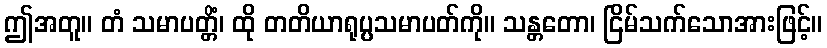
ဤအတူ။ တံ သမာပတ္တိံ၊ ထို တတိယာရုပ္ပသမာပတ်ကို။ သန္တတော၊ ငြိမ်သက်သောအားဖြင့်။